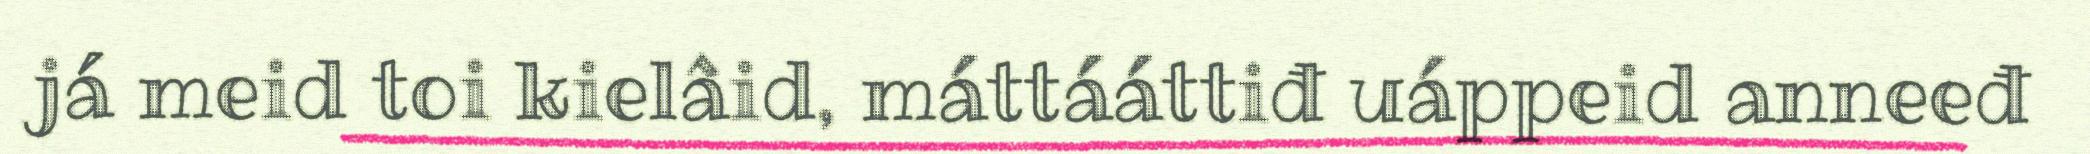
já meid toi kielâid, máttááttiđ uáppeid anneeđ